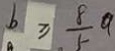
b \geq \frac { 8 } { 5 } a